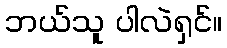
ဘယ်သူ ပါလဲရှင်။